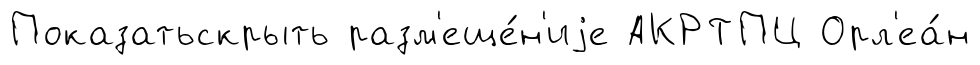
Показатьскрыть разм'еще́н'иjе АКРТПЦ Орл'еа́н